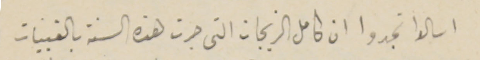
اسالوا تجدوا ان كامل الزيجات التى جرت هذه السنة بالقبيات